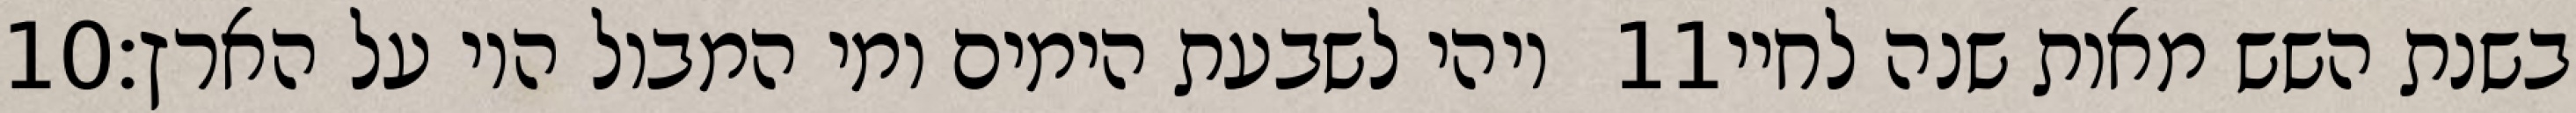
‎10‏ ויהי לשבעת הימים ומי המבול היו על הארץ׃ ‎11‏ בשנת השש מאות שנה לחיי